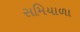
સમિયાળા